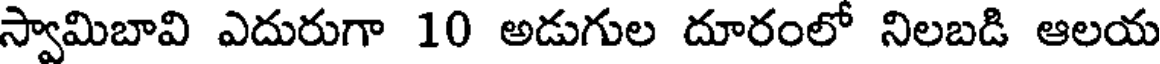
స్వామిబావి ఎదురుగా 10 అడుగుల దూరంలో నిలబడి ఆలయ